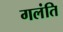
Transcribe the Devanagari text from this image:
गलंति